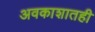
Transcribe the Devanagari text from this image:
अवकाशातही